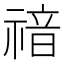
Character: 𥚱